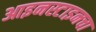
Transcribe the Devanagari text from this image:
आइनस्टाइनचा